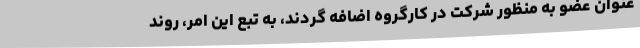
عنوان عضو به منظور شرکت در کارگروه اضافه گردند، به تبع این امر، روند